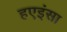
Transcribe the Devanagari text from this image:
हएइंसा